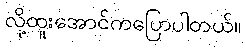
လို့ထူးအောင်ကပြောပါတယ်။